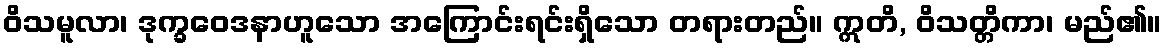
ဝိသမူလာ၊ ဒုက္ခဝေဒနာဟူသော အကြောင်းရင်းရှိသော တရားတည်။ ဣတိ, ဝိသတ္တိကာ၊ မည်၏။